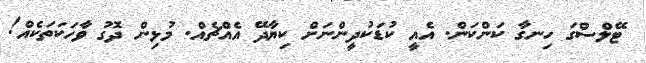
ޓޭލްސްގަ ހިނގާ ކަންކަން. އެއީ ކުޑަކުދީންނަށް ކިޔާދޭ އެއްޗެއް. މުޅިން ދޮގު ވާހަކަތަކެއް!